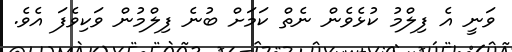
ވަނީ އެ ފިލްމު ކުޅެވެން ނެތް ކަމަށް ބުނެ ފިލްމުން ވަކިވެފަ އެވެ.